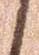
候